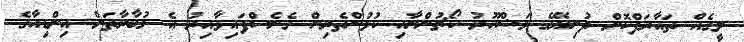
ލީގެއް ތައާރަފްކޮށް ދުނިޔޭގެ މަޝްހޫރު ކޯޗުންނާއި ކުޅުންތެރިން ގެނެސްފައިވާއިރު އެ މުބާރާތަށް އިންޑިއާގެ